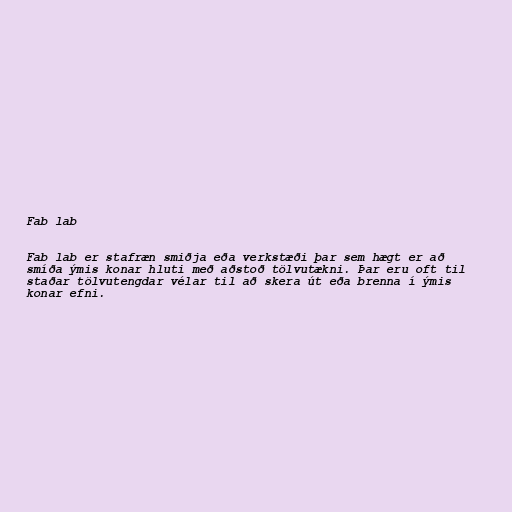
Fab lab

Fab lab er stafræn smiðja eða verkstæði þar sem hægt er að
smíða ýmis konar hluti með aðstoð tölvutækni. Þar eru oft til
staðar tölvutengdar vélar til að skera út eða brenna í ýmis
konar efni.